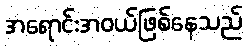
အရောင်းအဝယ်ဖြစ်နေသည်